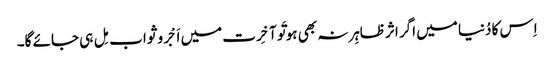
اِس کا دُنیا میں اگر اثر ظاہِر نہ بھی ہو تَو آخِرت میں اَجْر و ثواب مِل ہی جائے گا۔